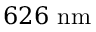
6 2 6 ~ \mathrm { { n m } }